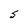
Character: S